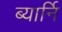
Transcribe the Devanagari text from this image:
ब्यार्नि